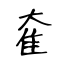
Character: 奞